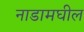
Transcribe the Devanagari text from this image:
नाडामघील